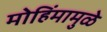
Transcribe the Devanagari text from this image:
मोहिंमामुळे